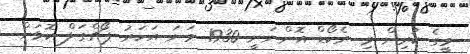
މީގެ ކުރިން މި ރެކޯޑް އޮންނަނީ 1930 ވަނަ އަހަރު ޕޯޗްގަލް ކޮޅަށް